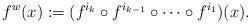
LaTeX: \begin{align*}f^w(x):=(f^{i_k}\circ f^{i_{k-1}}\circ\dots\circ f^{i_1})(x).\end{align*}